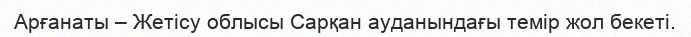
Арғанаты – Жетісу облысы Сарқан ауданындағы темір жол бекеті.